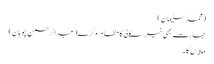
(محمد سلیمان)
بھارت بھی خیر سگالی کا مظاہر ہ کرے(عبدالرحمن چوہان)
ماﺅں کا۔